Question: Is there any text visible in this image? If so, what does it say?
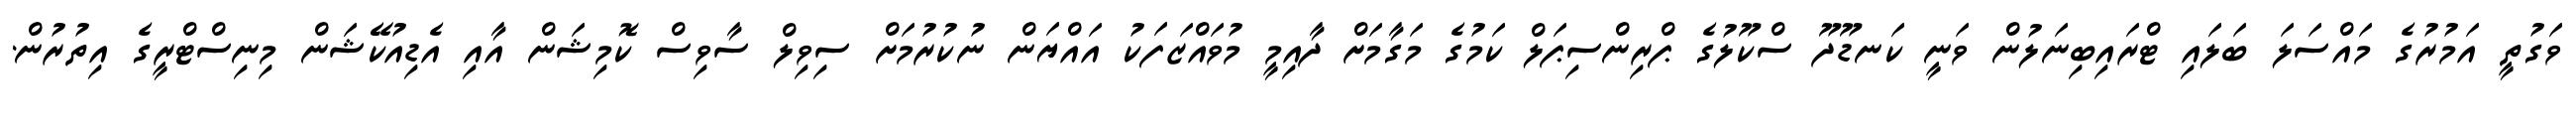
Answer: ވަގުތީ އަމުރުގެ މައްސަލަ ބަލައި ޓްރައިބިނަލުން ވަނީ ކަނޑޫދޫ ސްކޫލުގެ ޕްރިންސިޕަލް ކަމުގެ މަގާމަށް ދާއިމީ މުވައްޒަފަކު އައްޔަން ނުކުރުމަށް ސިވިލް ސާވިސް ކޮމިޝަން އާއި އެޑިއުކޭޝަން މިނިސްޓްރީގެ އިތުރުން.